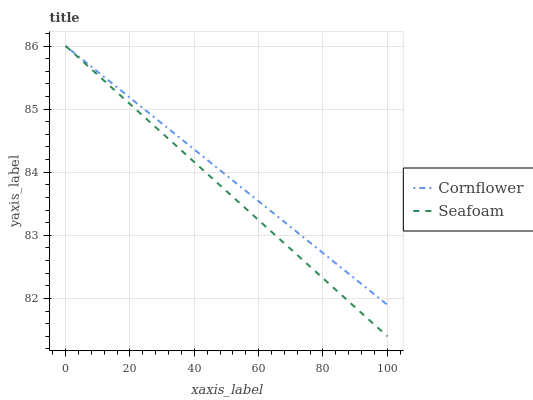
| xaxis_label | Cornflower | Seafoam |
 | --- | --- | --- |
 | 0 | 86 | 86 |
 | 8.33 | 85.7 | 85.6 |
 | 16.7 | 85.3 | 85.2 |
 | 25 | 85 | 84.9 |
 | 33.3 | 84.6 | 84.5 |
 | 41.7 | 84.3 | 84.1 |
 | 50 | 84 | 83.7 |
 | 58.3 | 83.6 | 83.3 |
 | 66.7 | 83.3 | 82.9 |
 | 75 | 82.9 | 82.6 |
 | 83.3 | 82.6 | 82.2 |
 | 91.7 | 82.2 | 81.8 |
 | 100 | 81.9 | 81.4 |